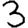
Digit: 3